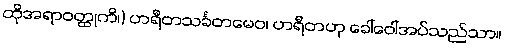
ထိုအရာဝတ္ထုကိ၊) ဟရီတသင်္ခတမေဝ၊ ဟရီတဟု ခေါ်ဝေါ်အပ်သည်သာ။